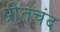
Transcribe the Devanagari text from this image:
प्रीतचंद